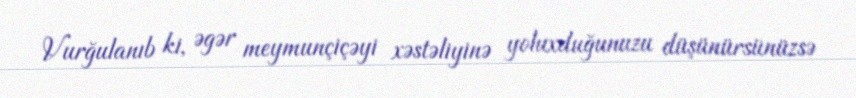
Vurğulanıb ki, əgər meymunçiçəyi xəstəliyinə yoluxduğunuzu düşünürsünüzsə